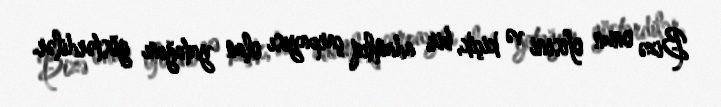
Bizə onun ofisini və kiçik, bir adamlıq çarpayısı olan yatağını göstərdilər.